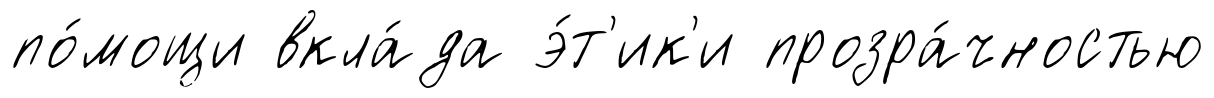
по́мощи вкла́да э́т'ик'и прозра́чностью